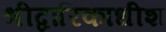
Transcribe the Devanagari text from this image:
श्रीद्वारिकाधीश